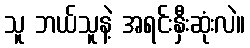
သူ ဘယ်သူနဲ့ အရင်းနှီးဆုံးလဲ။